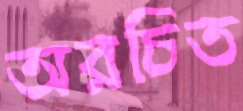
অরচিত